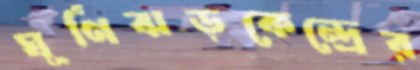
ঘূর্ণিঝড়কেন্দ্রের